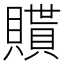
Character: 𧸊